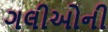
ગલીઓની